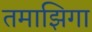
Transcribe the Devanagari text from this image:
तमाझिगा